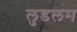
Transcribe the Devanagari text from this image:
लुडलम